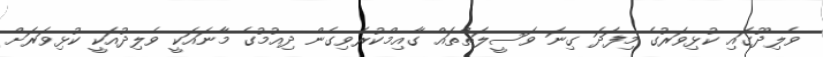
ވެލިދޫގައި ކުޅިވަރުގެ މިފަދަ ގިނަ ވަސީލަތްތައް ގާއިމްކުރެވިގެން ދިއުމުގެ މާނައަކީ ވެލިދުއަކީ ކުޅިވަރަށް